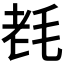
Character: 𣭢